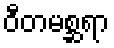
ဝီတမစ္ဆရာ